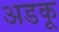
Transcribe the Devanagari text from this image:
अडकू